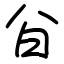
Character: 㒶